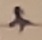
Text: +